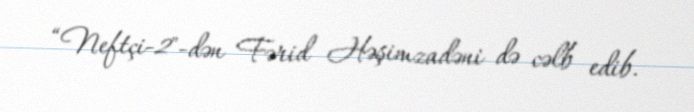
“Neftçi-2"-dən Fərid Həşimzadəni də cəlb edib.